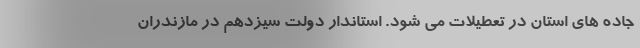
جاده های استان در تعطیلات می شود. استاندار دولت سیزدهم در مازندران